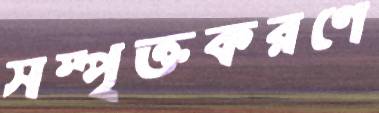
সম্পৃক্তকরণে